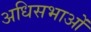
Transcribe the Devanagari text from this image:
अधिसभाओं